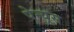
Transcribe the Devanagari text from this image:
पेन्यूस